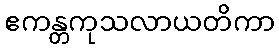
ဧကန္တကုသလာယတိကာ